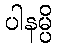
ပါနမ္ပိ